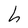
Character: h